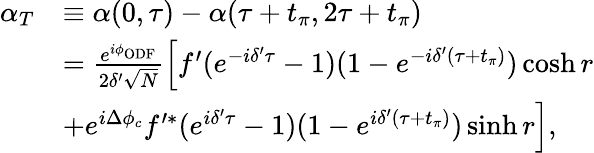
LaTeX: \begin{array}{rl}{\alpha_{T}}&{\equiv\alpha(0,\tau)-\alpha(\tau+t_{\pi},2\tau+t_{\pi})}\\ &{=\frac{e^{i\phi_{\mathrm{ODF}}}}{2\delta^{\prime}\sqrt{N}}\Big[f^{\prime}(e^{-i\delta^{\prime}\tau}-1)(1-e^{-i\delta^{\prime}(\tau+t_{\pi})})\cosh r}\\ &{+e^{i\Delta\phi_{c}}f^{\prime\ast}(e^{i\delta^{\prime}\tau}-1)(1-e^{i\delta^{\prime}(\tau+t_{\pi})})\sinh r\Big],}\end{array}